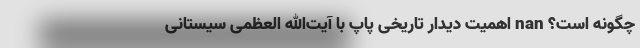
چگونه است؟ nan اهمیت دیدار تاریخی پاپ با آیت‌الله العظمی سیستانی